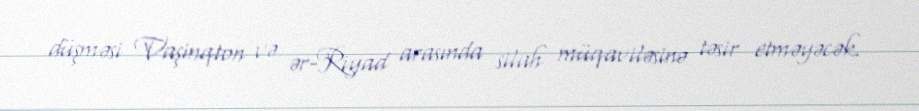
düşməsi Vaşinqton və ər-Riyad arasında silah müqaviləsinə təsir etməyəcək.